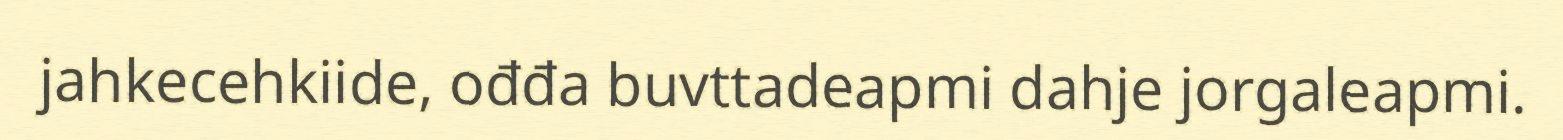
jahkecehkiide, ođđa buvttadeapmi dahje jorgaleapmi.